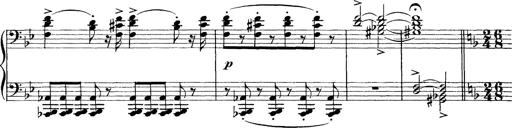
Title: Scherzo und Marsch
Composer: Franz Liszt